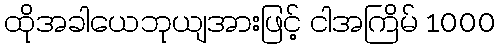
ထိုအခါယေဘုယျအားဖြင့် ငါအကြိမ် 1000